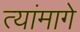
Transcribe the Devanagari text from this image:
त्यांमागे